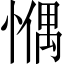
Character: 𢠉